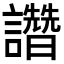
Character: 𧮂